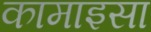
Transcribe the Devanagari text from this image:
कामाइसा